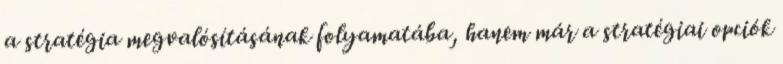
a stratégia megvalósításának folyamatába, hanem már a stratégiai opciók